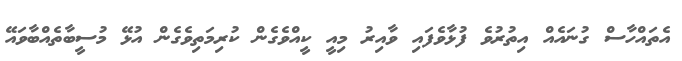
އެތައްހާސް ގުނައެއް އިތުރުވެ ފުޅާވެފައި ވާއިރު މިއީ ކީއްވެގެން ކުރިމަތިވެގެން އުޅޭ މުސީބާތެއްބާވައޭ